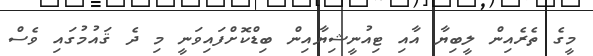
މީގެ ތެރެއިން ލީބިޔާ އާއި ޓިއުނީޝިޔާއިން ބިޑްކޮށްފައިވަނީ މި ދެ ޤައުމުގައި ވެސް